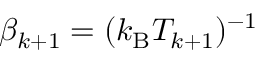
\beta _ { k + 1 } = ( k _ { \mathrm { B } } T _ { k + 1 } ) ^ { - 1 }